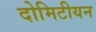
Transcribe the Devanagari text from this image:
दोमिटीयन